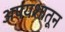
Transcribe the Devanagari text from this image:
अपयशातून